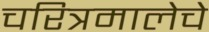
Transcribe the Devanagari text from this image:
चरित्रमालेचे